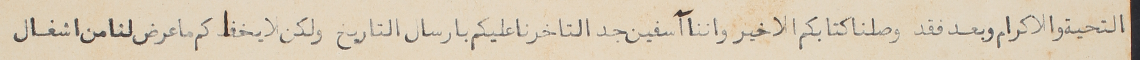
التحية والاكرام وبعد فقد وصلنا كتابكم الاخير واننا آسفين جدا لتاخرنا عليكم بارسال التاريخ ولكن لا يخفاكم ما عرض لنا من اشغال